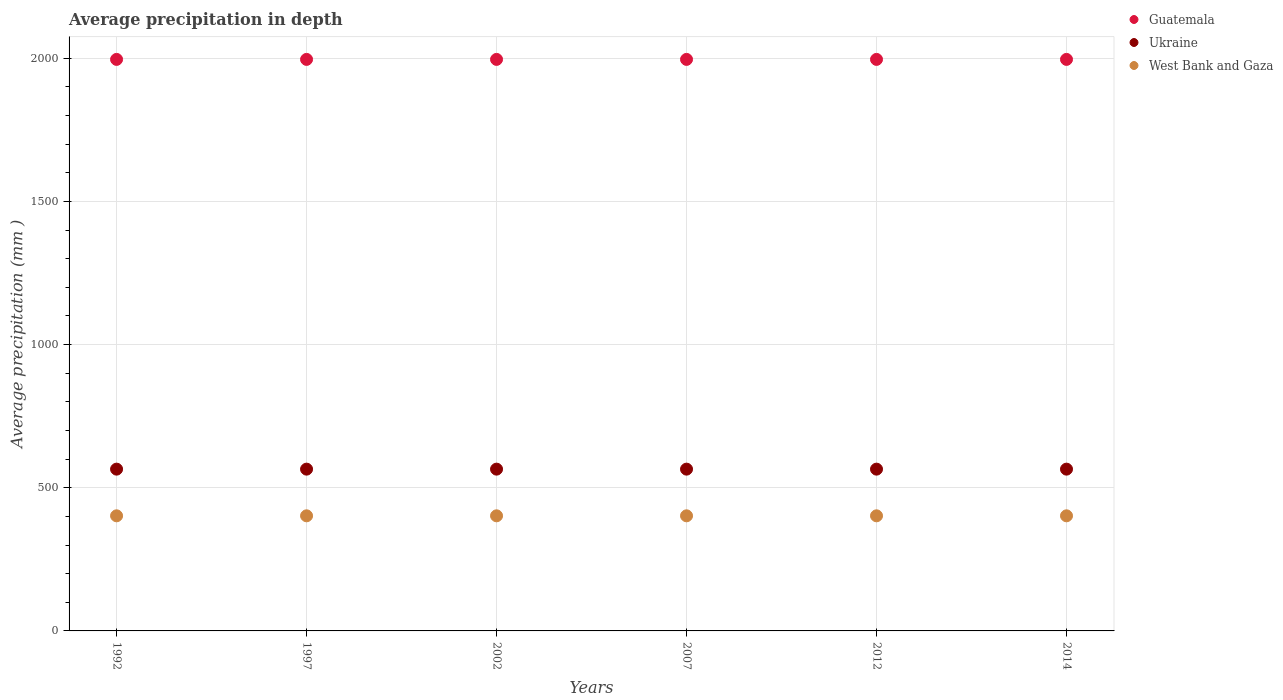
| Years | Guatemala | Ukraine | West Bank and Gaza |
 | --- | --- | --- | --- |
 | 1992 | 2e+03 | 565 | 402 |
 | 1997 | 2e+03 | 565 | 402 |
 | 2002 | 2e+03 | 565 | 402 |
 | 2007 | 2e+03 | 565 | 402 |
 | 2012 | 2e+03 | 565 | 402 |
 | 2014 | 2e+03 | 565 | 402 |